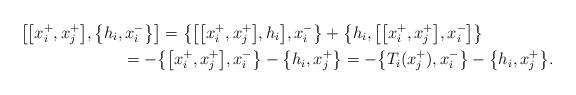
LaTeX: \begin{gather*}\big[\big[x_i^+,x_j^+\big],\big\{h_i,x_i^{-}\big\}\big]= \big\{\big[\big[x_i^+,x_j^+\big],h_i\big],x_i^-\big\} + \big\{h_i,\big[\big[x_i^+,x_j^+\big],x_i^-\big]\big\} \\ \hphantom{\big[\big[x_i^+,x_j^+\big],\big\{h_i,x_i^{-}\big\}\big]}{} = -\big\{\big[x_i^+,x_j^+\big],x_i^-\big\} - \big\{h_i,x_j^{+}\big\} = -\big\{T_i(x_j^+),x_i^-\big\} - \big\{h_i,x_j^{+}\big\}.\end{gather*}